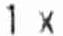
1 X